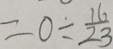
= 0 \div \frac { 1 6 } { 2 3 }